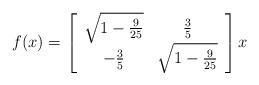
LaTeX: \begin{align*}f(x)=\left[\begin{array}{cc}\sqrt{1-\frac{9}{25}} & \frac{3}{5}\\-\frac{3}{5} & \sqrt{1-\frac{9}{25}}\end{array}\right] x\end{align*}